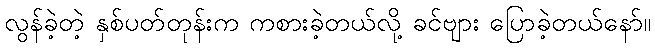
လွန်ခဲ့တဲ့ နှစ်ပတ်တုန်းက ကစားခဲ့တယ်လို့ ခင်ဗျား ပြောခဲ့တယ်နော်။